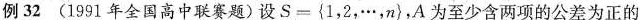
例32 (1991年全国高中联赛题)设S={1，2，…，n}，A为至少含两项的公差为正的